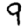
Digit: 9